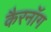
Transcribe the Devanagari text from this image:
कैरनॉग